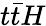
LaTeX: t\bar{t}H